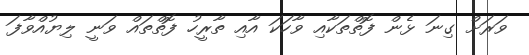
ވަރަށް ގިނަ ޅެން ފޮތްތަކާއި ވާހަކަ އާއި ތާރީހު ފޮތްތައް ވަނީ ލިޔުއްވާފަ